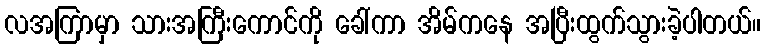
လအကြာမှာ သားအကြီးကောင်ကို ခေါ်ကာ အိမ်ကနေ အပြီးထွက်သွားခဲ့ပါတယ်။